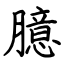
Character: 臆